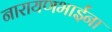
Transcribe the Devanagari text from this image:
नारायणभाईंना